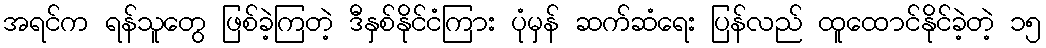
အရင်က ရန်သူတွေ ဖြစ်ခဲ့ကြတဲ့ ဒီနှစ်နိုင်ငံကြား ပုံမှန် ဆက်ဆံရေး ပြန်လည် ထူထောင်နိုင်ခဲ့တဲ့ ၁၅